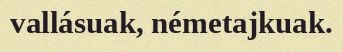
vallásuak, németajkuak.